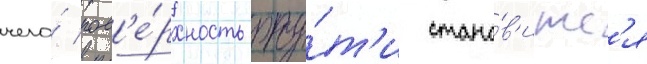
чего́ пов'е́рхность рту́т'и стано́в'итс'я